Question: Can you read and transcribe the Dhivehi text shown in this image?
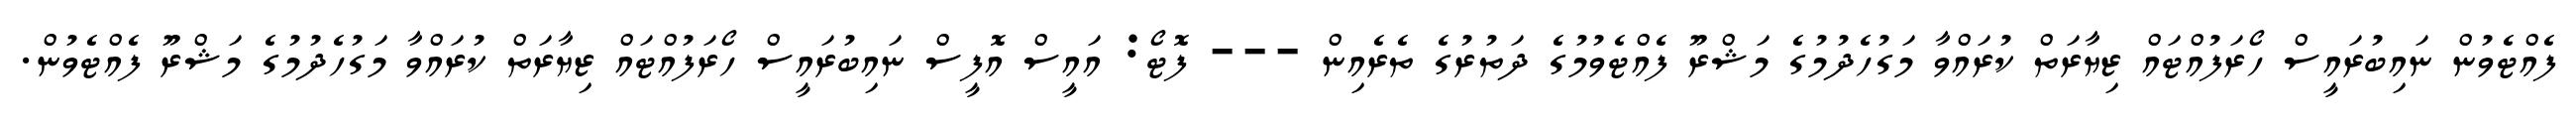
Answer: ފެއްޓެވުން ނައިބުރައީސް ހޯރަފުއްޓައް ޒިޔާރަތް ކުރައްވާ މަގުހެދުމުގެ މަޝްރޫ ފެއްޓެވުމުގެ ދަތުރުގެ ތެރެއިން --- ފޮޓޯ: އައީސް އޮފީސް ނައިބުރައީސް ހޯރަފުއްޓައް ޒިޔާރަތް ކުރައްވާ މަގުހެދުމުގެ މަޝްރޫ ފެއްޓެވުން.